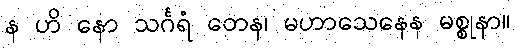
န ဟိ နော သင်္ဂရံ တေန၊ မဟာသေနေန မစ္စုနာ။